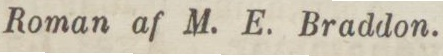
Roman af M. E. Braddon.